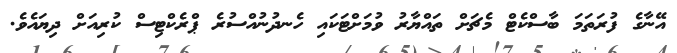
އޭނާގެ ފުރަތަމަ ބާސްކެޓް މެޗަށް ތައްޔާރު ވުމަށްޓަކައި ހެނދުނުއްސުރެ ޕްރެކްޓިސް ކުރިއަށް ދިޔައެވެ.